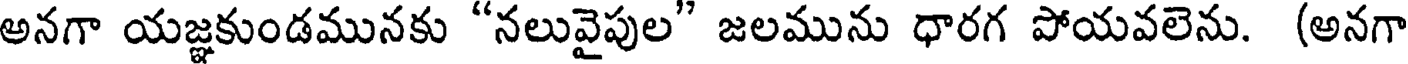
అనగా యజ్ఞకుండమునకు "నలువైపుల" జలమును ధారగ పోయవలెను. (అనగా